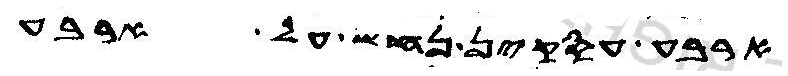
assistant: ארבע עסקין נחש על ארבע